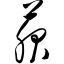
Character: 菔